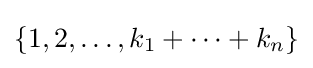
\{1,2,\dots ,k_{1}+\dots +k_{n}\}